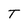
Character: T